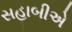
સહાબીએ